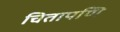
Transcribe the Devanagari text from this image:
चितापणि